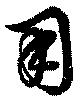
用